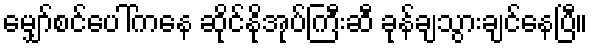
မျှော်စင်ပေါ်ကနေ ဆိုင်နိုအုပ်ကြီးဆီ ခုန်ချသွားချင်နေပြီ။